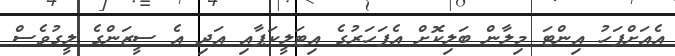
އެއަށްފަހު އިންޓަ މިލާން ބަލިކޮށް އެފަހަރުގެ އިޓަލީކަޕާއި އަދި އެ ސީޒަންގެ ލީގުވެސް